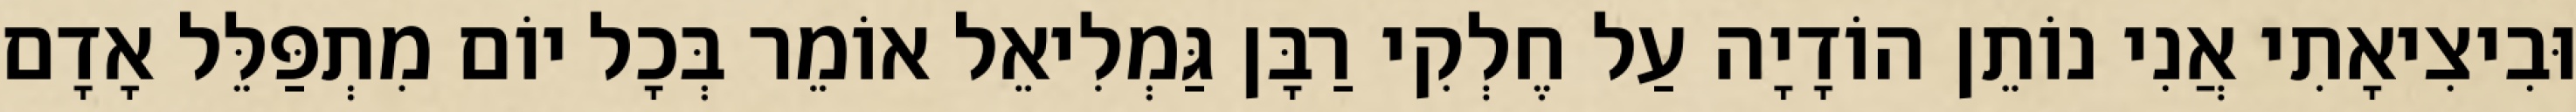
וּבִיצִיאָתִי אֲנִי נוֹתֵן הוֹדָיָה עַל חֶלְקִי רַבָּן גַּמְלִיאֵל אוֹמֵר בְּכָל יוֹם מִתְפַּלֵּל אָדָם